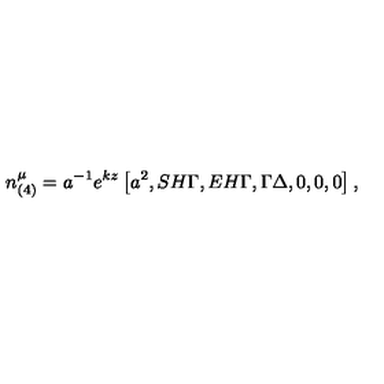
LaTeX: n _ { ( 4 ) } ^ { \mu } = a ^ { - 1 } e ^ { k z } \left[ a ^ { 2 } , S H { \Gamma } , E H { \Gamma } , \Gamma \Delta , 0 , 0 , 0 \right] ,